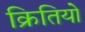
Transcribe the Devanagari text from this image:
क्रितियो